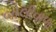
બોલીવાળા